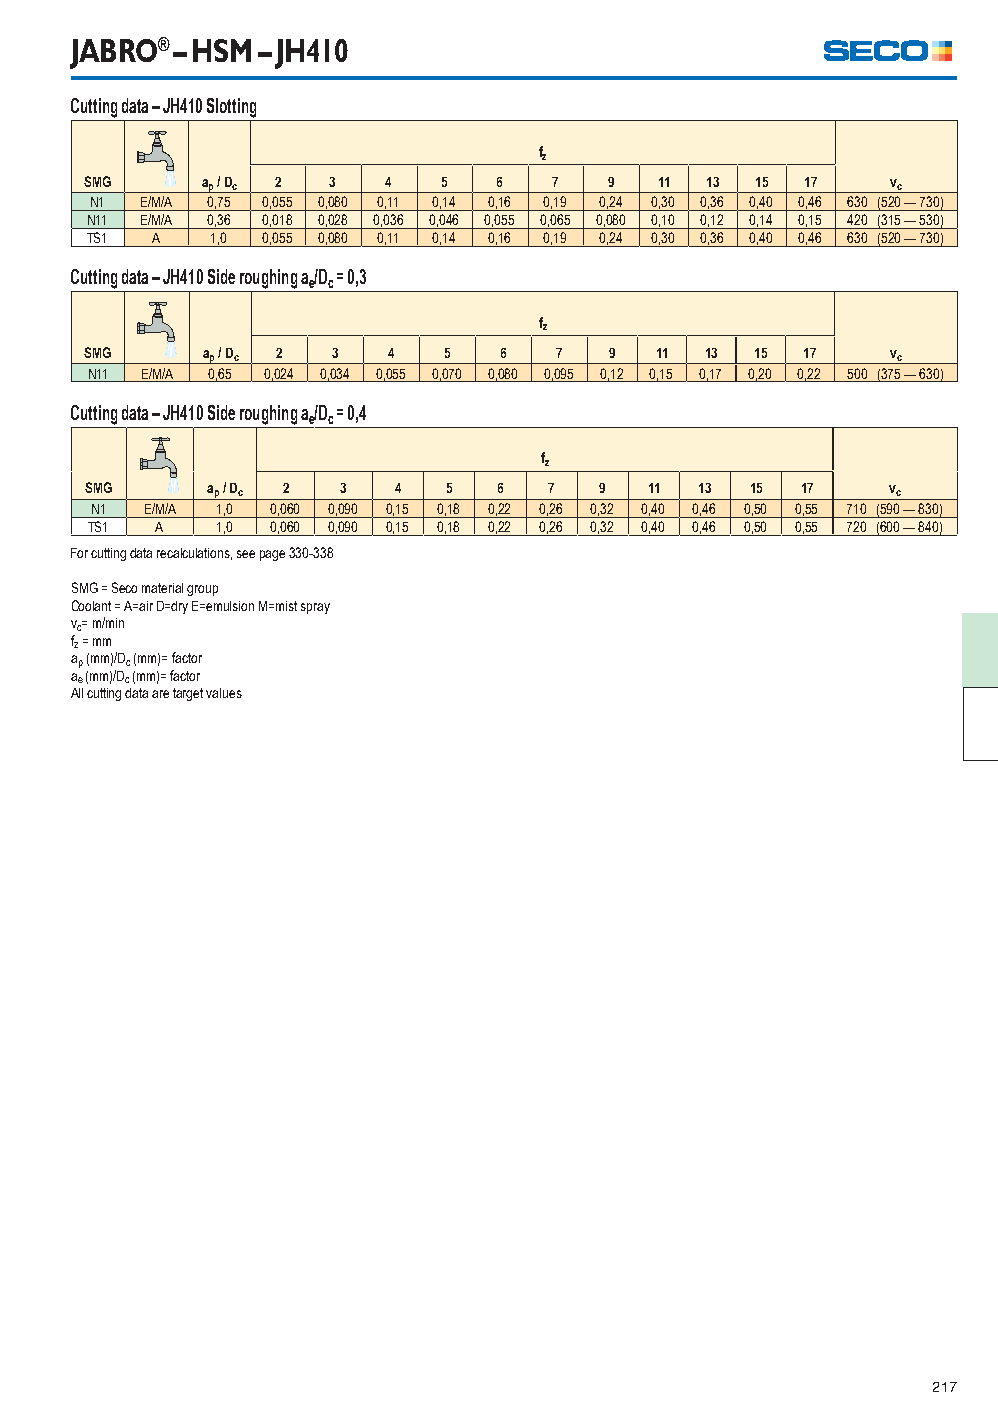
JABRO® – HSM – JH410
 Cutting data – JH410 Slotting
 fz
 SMG    ap / Dc 2 3  4  5   6   7  9   11 13 15 17    vc
 N1 E/M/A 0,75 0,055 0,080 0,11 0,14 0,16 0,19 0,24 0,30 0,36 0,40 0,46 630 (520 — 730)
 N11 E/M/A 0,36 0,018 0,028 0,036 0,046 0,055 0,065 0,080 0,10 0,12 0,14 0,15 420 (315 — 530)
 TS1 A   1,0 0,055 0,080 0,11 0,14 0,16 0,19 0,24 0,30 0,36 0,40 0,46 630 (520 — 730)
 Cutting data – JH410 Side roughing a/D = 0,3
 e c
 fz
 SMG    ap / Dc 2 3  4  5   6   7  9  11  13 15 17    vc
 N11 E/M/A 0,65 0,024 0,034 0,055 0,070 0,080 0,095 0,12 0,15 0,17 0,20 0,22 500 (375 — 630)
 Cutting data – JH410 Side roughing a/D = 0,4
 e c
 fz
 SMG     ap / Dc 2 3 4   5  6  7   9  11 13  15 17    vc
 N1  E/M/A 1,0 0,060 0,090 0,15 0,18 0,22 0,26 0,32 0,40 0,46 0,50 0,55 710 (590 — 830)
 TS1 A   1,0 0,060 0,090 0,15 0,18 0,22 0,26 0,32 0,40 0,46 0,50 0,55 720 (600 — 840)
 For cutting data recalculations, see page 330-338
 SMG = Seco material group
 Coolant = A=air D=dry E=emulsion M=mist spray
 vc= m/min
 fz = mm
 ap (mm)/Dc (mm)= factor
 ae (mm)/Dc (mm)= factor
 All cutting data are target values
 217